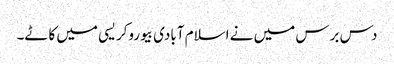
دس برس میں نے اسلام آبادی بیوروکریسی میں کاٹے۔